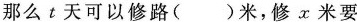
那么t天可以修路( )米，修x米要